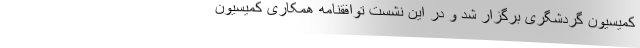
کمیسیون گردشگری برگزار شد و در این نشست توافقنامه همکاری کمیسیون